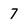
Character: 7